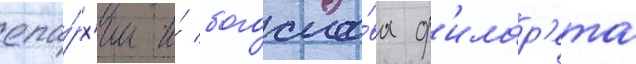
епа́рх'ии и́ богосло́ва ф'илар'ета